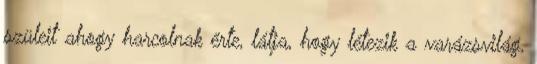
szüleit ahogy harcolnak érte, látja, hogy létezik a varázsvilág,